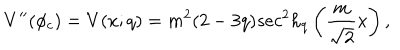
LaTeX: V ^ { \prime \prime } ( \phi _ { c } ) = V ( x ; q ) = m ^ { 2 } ( 2 - 3 q ) s e c ^ { 2 } h _ { q } \left( \frac { m } { \sqrt 2 } x \right) ,